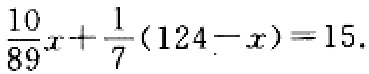
\(\frac{10}{89}x+\frac{1}{7}(124 - x)=15\)